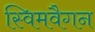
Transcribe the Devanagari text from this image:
स्विमवैगन